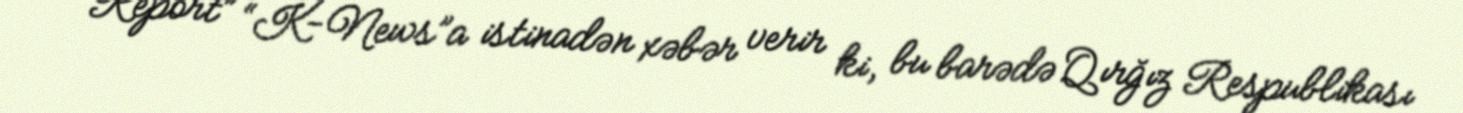
“Report” “K-News”a istinadən xəbər verir ki, bu barədə Qırğız Respublikası